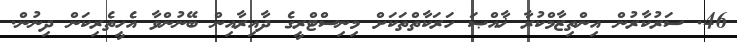
46. ސަރުކާރުން އިންތިޒާމްކުރާ ޚާއްޞަ ހަރަކާތްތަކަށް މިނިސްޓްރީގެ ދާއިރާއިން ބޭނުންވާ އެހީތެރިކަން ދިނުން.